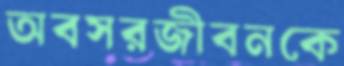
অবসরজীবনকে